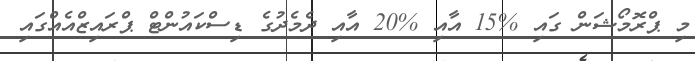
މި ޕްރޮމޯޝަން ގައި %15 އާއި %20 އާއި ދެމެދުގެ ޑިސްކައުންޓް ޕްރައިޒްއެއްގައި